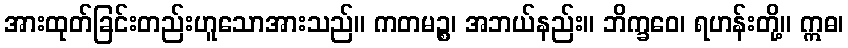
အားထုတ်ခြင်းတည်းဟူသောအားသည်။ ကတမဉ္စ၊ အဘယ်နည်း။ ဘိက္ခဝေ၊ ရဟန်းတို့။ ဣဓ၊